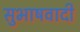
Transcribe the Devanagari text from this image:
सुभाषवादी